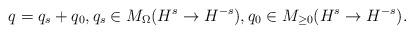
LaTeX: \begin{align*} q = q_s + q_0, q_s \in M_\Omega(H^s \to H^{-s}),q_0 \in M_{\geq 0}(H^s \to H^{-s}).\end{align*}